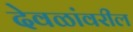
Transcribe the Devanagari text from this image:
देवळांवरील